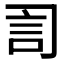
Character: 𧥝